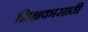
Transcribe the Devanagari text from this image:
शिक्षकासाठी